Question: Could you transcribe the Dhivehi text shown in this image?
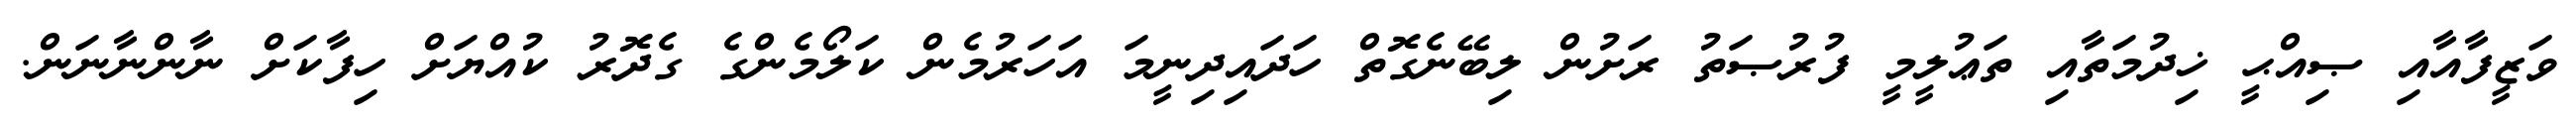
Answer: ވަޒީފާއާއި ޞިއްޙީ ޚިދުމަތާއި ތަޢުލީމީ ފުރުޞަތު ރަށުން ލިބޭނެގޮތް ހަދައިދިނީމަ އަހަރުމެން ކަލޯމެންގެ ގެދޮރު ކުއްޔަށް ހިފާކަށް ނާންނާނަން.